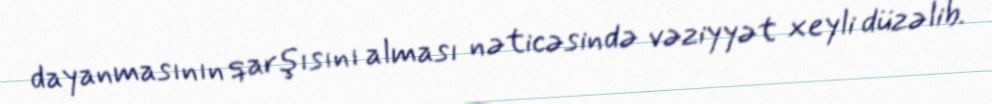
dayanmasının qarşısını alması nəticəsində vəziyyət xeyli düzəlib.